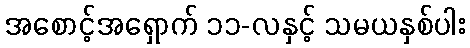
အစောင့်အရှောက် ၁၁-လနှင့် သမယနှစ်ပါး